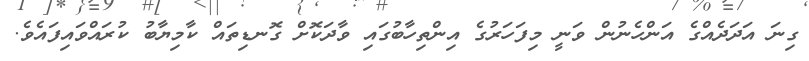
ގިނަ އަދަދެއްގެ އަންހެނުން ވަނީ މިފަހަރުގެ އިންތިހާބުގައި ވާދަކޮށް ގޮނޑިތައް ކާމިޔާބު ކުރައްވައިފައެވެ.